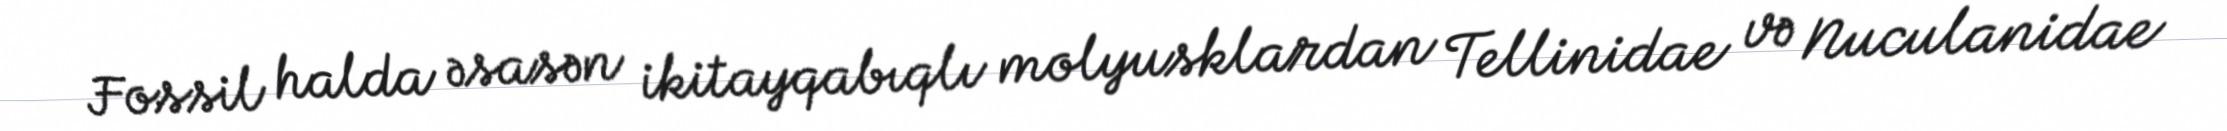
Fossil halda əsasən ikitayqabıqlı molyusklardan Tellinidae və Nuculanidae